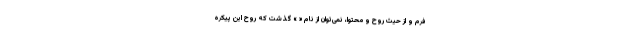
فرم و از حیث روح و محتوا، نمی‌توان از نام « » گذشت که روح این پیکره